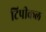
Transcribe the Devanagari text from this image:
टिपीकल